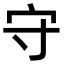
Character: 守